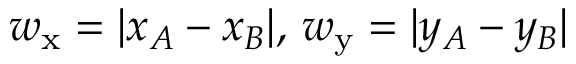
w _ { \mathrm { x } } = | x _ { A } - x _ { B } | , \, w _ { \mathrm { y } } = | y _ { A } - y _ { B } |